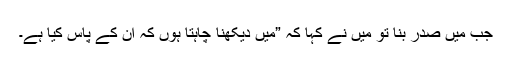
جب میں صدر بنا تو میں نے کہا کہ ”میں دیکھنا چاہتا ہوں کہ ان کے پاس کیا ہے۔